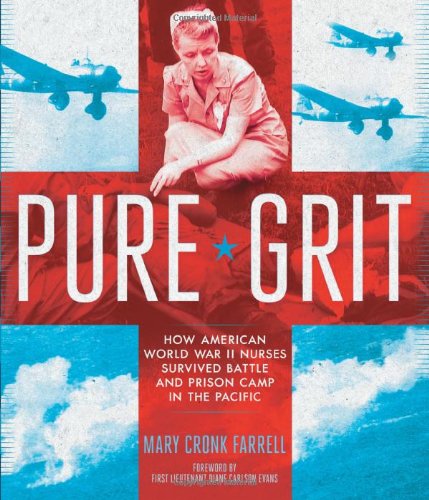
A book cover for Pure Grit: How American World War II Nurses Survived Battle and Prison Camp in the Pacific; Mary Cronk Farrell; Teen & Young Adult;